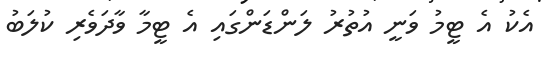
އެކު އެ ޓީމު ވަނީ އުތުރު ލަންޑަންގައި އެ ޓީމާ ވާދަވެރި ކުލަބު